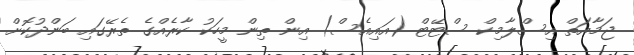
ޖަމާއަތް އިސްލާމިކް ސްޓޭޓް (އައިއެސް) އިން ތިން މީހަކު ކާރެއްގެ ތެރޭގައި ބަންދުކޮށް